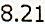
8.21